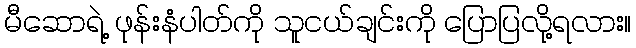
မီဆောရဲ့ ဖုန်းနံပါတ်ကို သူငယ်ချင်းကို ပြောပြလို့ရလား။